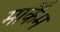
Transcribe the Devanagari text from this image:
मार्कैंम